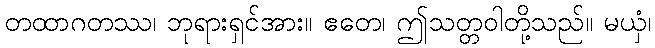
တထာဂတဿ၊ ဘုရားရှင်အား။ ဧတေ၊ ဤသတ္တဝါတို့သည်။ မယှံ၊